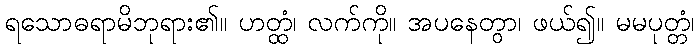
ရသောဓရာမိဘုရား၏။ ဟတ္ထံ၊ လက်ကို။ အပနေတွာ၊ ဖယ်၍။ မမပုတ္တံ၊